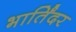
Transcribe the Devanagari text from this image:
भार्तिंदर